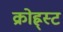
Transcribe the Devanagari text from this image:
क्रोह्र्स्ट